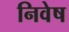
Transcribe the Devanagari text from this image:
निवेष